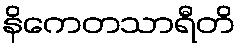
နိကေတသာရီတိ